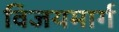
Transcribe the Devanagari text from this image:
विजयमार्ग